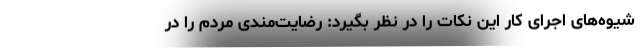
شیوه‌های اجرای کار این نکات را در نظر بگیرد: رضایت‌مندی مردم را در